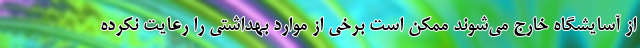
از آسایشگاه خارج می‌شوند ممکن است برخی از موارد بهداشتی را رعایت نکرده